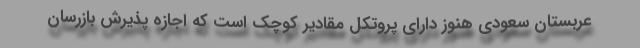
عربستان سعودی هنوز دارای پروتکل مقادیر کوچک است که اجازه پذیرش بازرسان